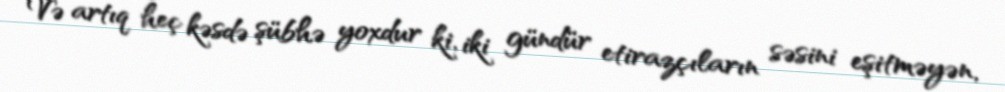
Və artıq heç kəsdə şübhə yoxdur ki, iki gündür etirazçıların səsini eşitməyən,